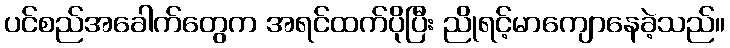
ပင်စည်အခေါက်တွေက အရင်ထက်ပိုပြီး ညိုရင့်မာကျောနေခဲ့သည်။